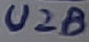
Text: U2B